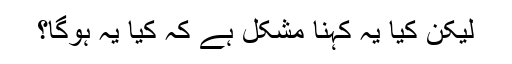
لیکن کیا یہ کہنا مشکل ہے کہ کیا یہ ہوگا؟